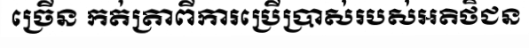
ច្រើន កត់ត្រាពីការប្រើប្រាស់របស់អតិថិជន